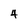
Character: 4